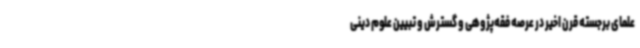
علمای برجسته قرن اخیر در عرصه فقه‌پژوهی و گسترش و تبیین علوم دینی